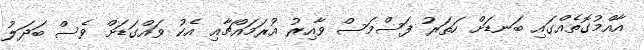
އާއްމުގޮތެއްގައި ބަނޑަށް ހަތަރު ފަސްމަސް ވާއިރު އުރަމައްޗާއި އެކު ވައްގަޑަށް ވެސް ބަދަލު